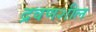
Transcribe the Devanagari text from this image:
द्रवणशील